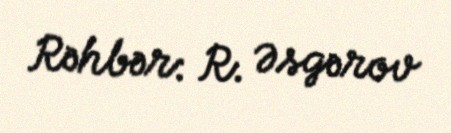
Rəhbər: R. Əsgərov